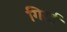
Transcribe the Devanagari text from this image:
गिरई